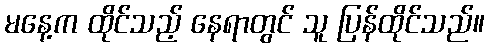
မနေ့က ထိုင်သည့် နေရာတွင် သူ ပြန်ထိုင်သည်။